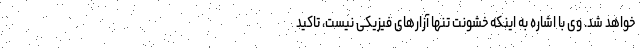
خواهد شد. وی با اشاره به اینکه خشونت تنها آزارهای فیزیکی نیست، تاکید